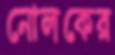
নোলকের